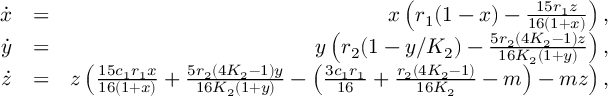
\begin{array} { r l r } { \dot { x } } & { = } & { x \left( r _ { 1 } ( 1 - x ) - \frac { 1 5 r _ { 1 } z } { 1 6 ( 1 + x ) } \right) , } \\ { \dot { y } } & { = } & { y \left( r _ { 2 } ( 1 - y / K _ { 2 } ) - \frac { 5 r _ { 2 } ( 4 K _ { 2 } - 1 ) z } { 1 6 K _ { 2 } ( 1 + y ) } \right) , } \\ { \dot { z } } & { = } & { z \left( \frac { 1 5 c _ { 1 } r _ { 1 } x } { 1 6 ( 1 + x ) } + \frac { 5 r _ { 2 } ( 4 K _ { 2 } - 1 ) y } { 1 6 K _ { 2 } ( 1 + y ) } - \left( \frac { 3 c _ { 1 } r _ { 1 } } { 1 6 } + \frac { r _ { 2 } ( 4 K _ { 2 } - 1 ) } { 1 6 K _ { 2 } } - m \right) - m z \right) , } \end{array}